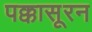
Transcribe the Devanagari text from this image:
पक्कासूरन